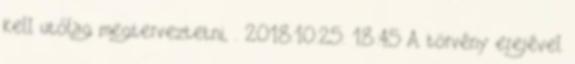
kell utólag megterveztetni, . 2018.10.25. 18:45 A törvény erejével